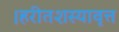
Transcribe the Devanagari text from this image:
।हरीतशस्यावृत्त